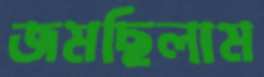
জমছিলাম